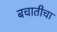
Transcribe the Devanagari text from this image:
बचातीचा